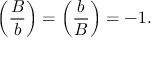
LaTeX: \left( { \frac { B } { b } } \right) = \left( { \frac { b } { B } } \right) = - 1 .